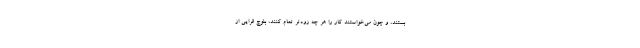
بستند، و چون می‌خواستند کار را هر چه زودتر تمام کنند، بلوچ قرایی از